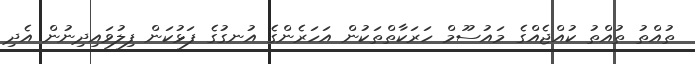
ތުއްތު ތުއްތު ކުއްޖެއްގެ މައުސޫމް ހަރަކާތްތަކުން އަހަރެންގެ އުނގުގެ ފަޅުކަން ފިލުވައިދިނުން އެދި